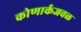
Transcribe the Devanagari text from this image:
कोणार्कजवळ